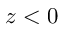
z < 0